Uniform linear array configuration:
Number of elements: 32
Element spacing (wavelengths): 0.75
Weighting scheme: exponential
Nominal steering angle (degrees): -30
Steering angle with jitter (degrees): -29.955
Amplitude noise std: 0.05
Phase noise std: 0.05

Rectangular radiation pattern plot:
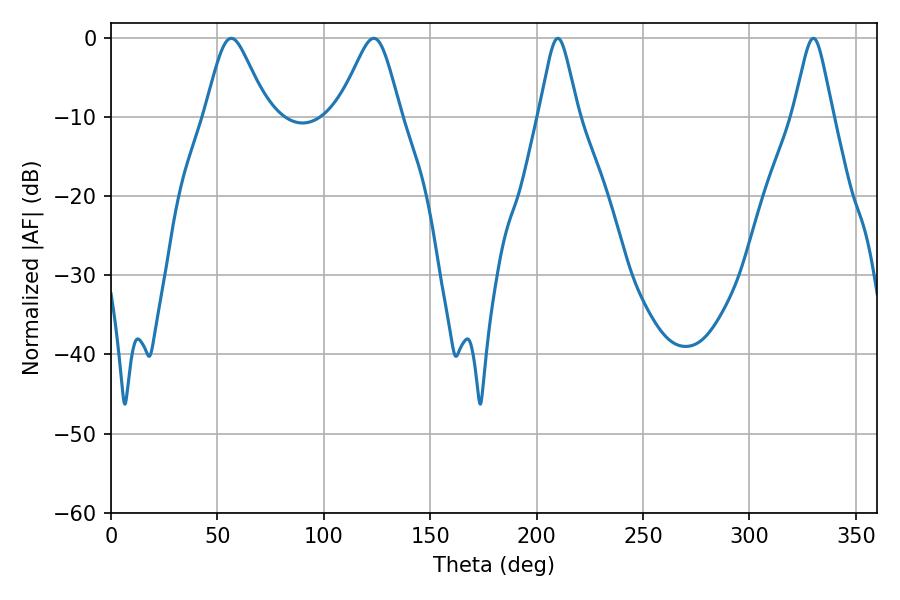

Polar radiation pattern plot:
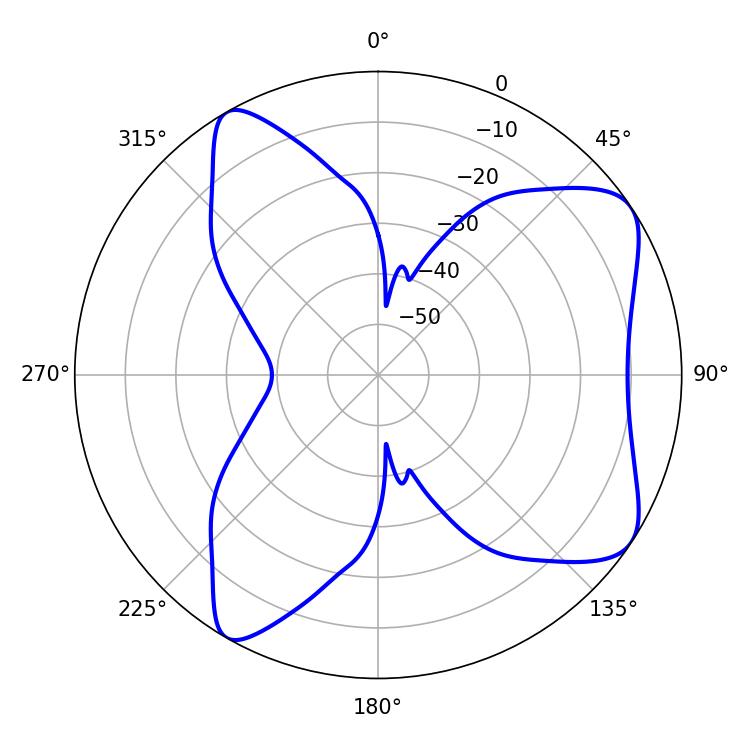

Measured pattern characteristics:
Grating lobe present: TRUE
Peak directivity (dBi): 7.577
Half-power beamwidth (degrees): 14.22
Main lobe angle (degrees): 56.52